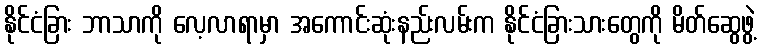
နိုင်ငံခြား ဘာသာကို လေ့လာရာမှာ အကောင်းဆုံးနည်းလမ်းက နိုင်ငံခြားသားတွေကို မိတ်ဆွေဖွဲ့